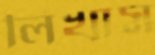
লিখাস